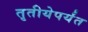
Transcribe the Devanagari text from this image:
तृतीयेपर्यंत